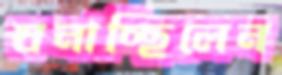
ঘনাচ্ছিলেন